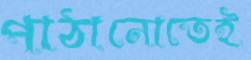
পাঠানোতেই